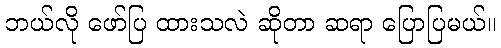
ဘယ်လို ဖော်ပြ ထားသလဲ ဆိုတာ ဆရာ ပြောပြမယ်။